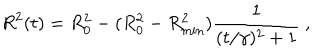
LaTeX: R ^ { 2 } ( t ) = R _ { 0 } ^ { 2 } - ( R _ { 0 } ^ { 2 } - R _ { \mathrm { m i n } } ^ { 2 } ) \frac { 1 } { ( t / \gamma ) ^ { 2 } + 1 } ~ ,